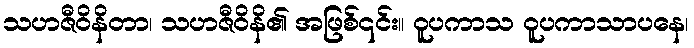
သဟဇီဝိနိတာ၊ သဟဇီဝိနိ၏ အဖြစ်၎င်း။ ဝူပကာသ ဝူပကာသာပနေ၊